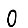
Digit: 0